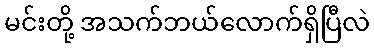
မင်းတို့ အသက်ဘယ်လောက်ရှိပြီလဲ